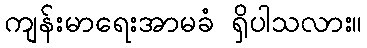
ကျန်းမာရေးအာမခံ ရှိပါသလား။